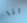
انا